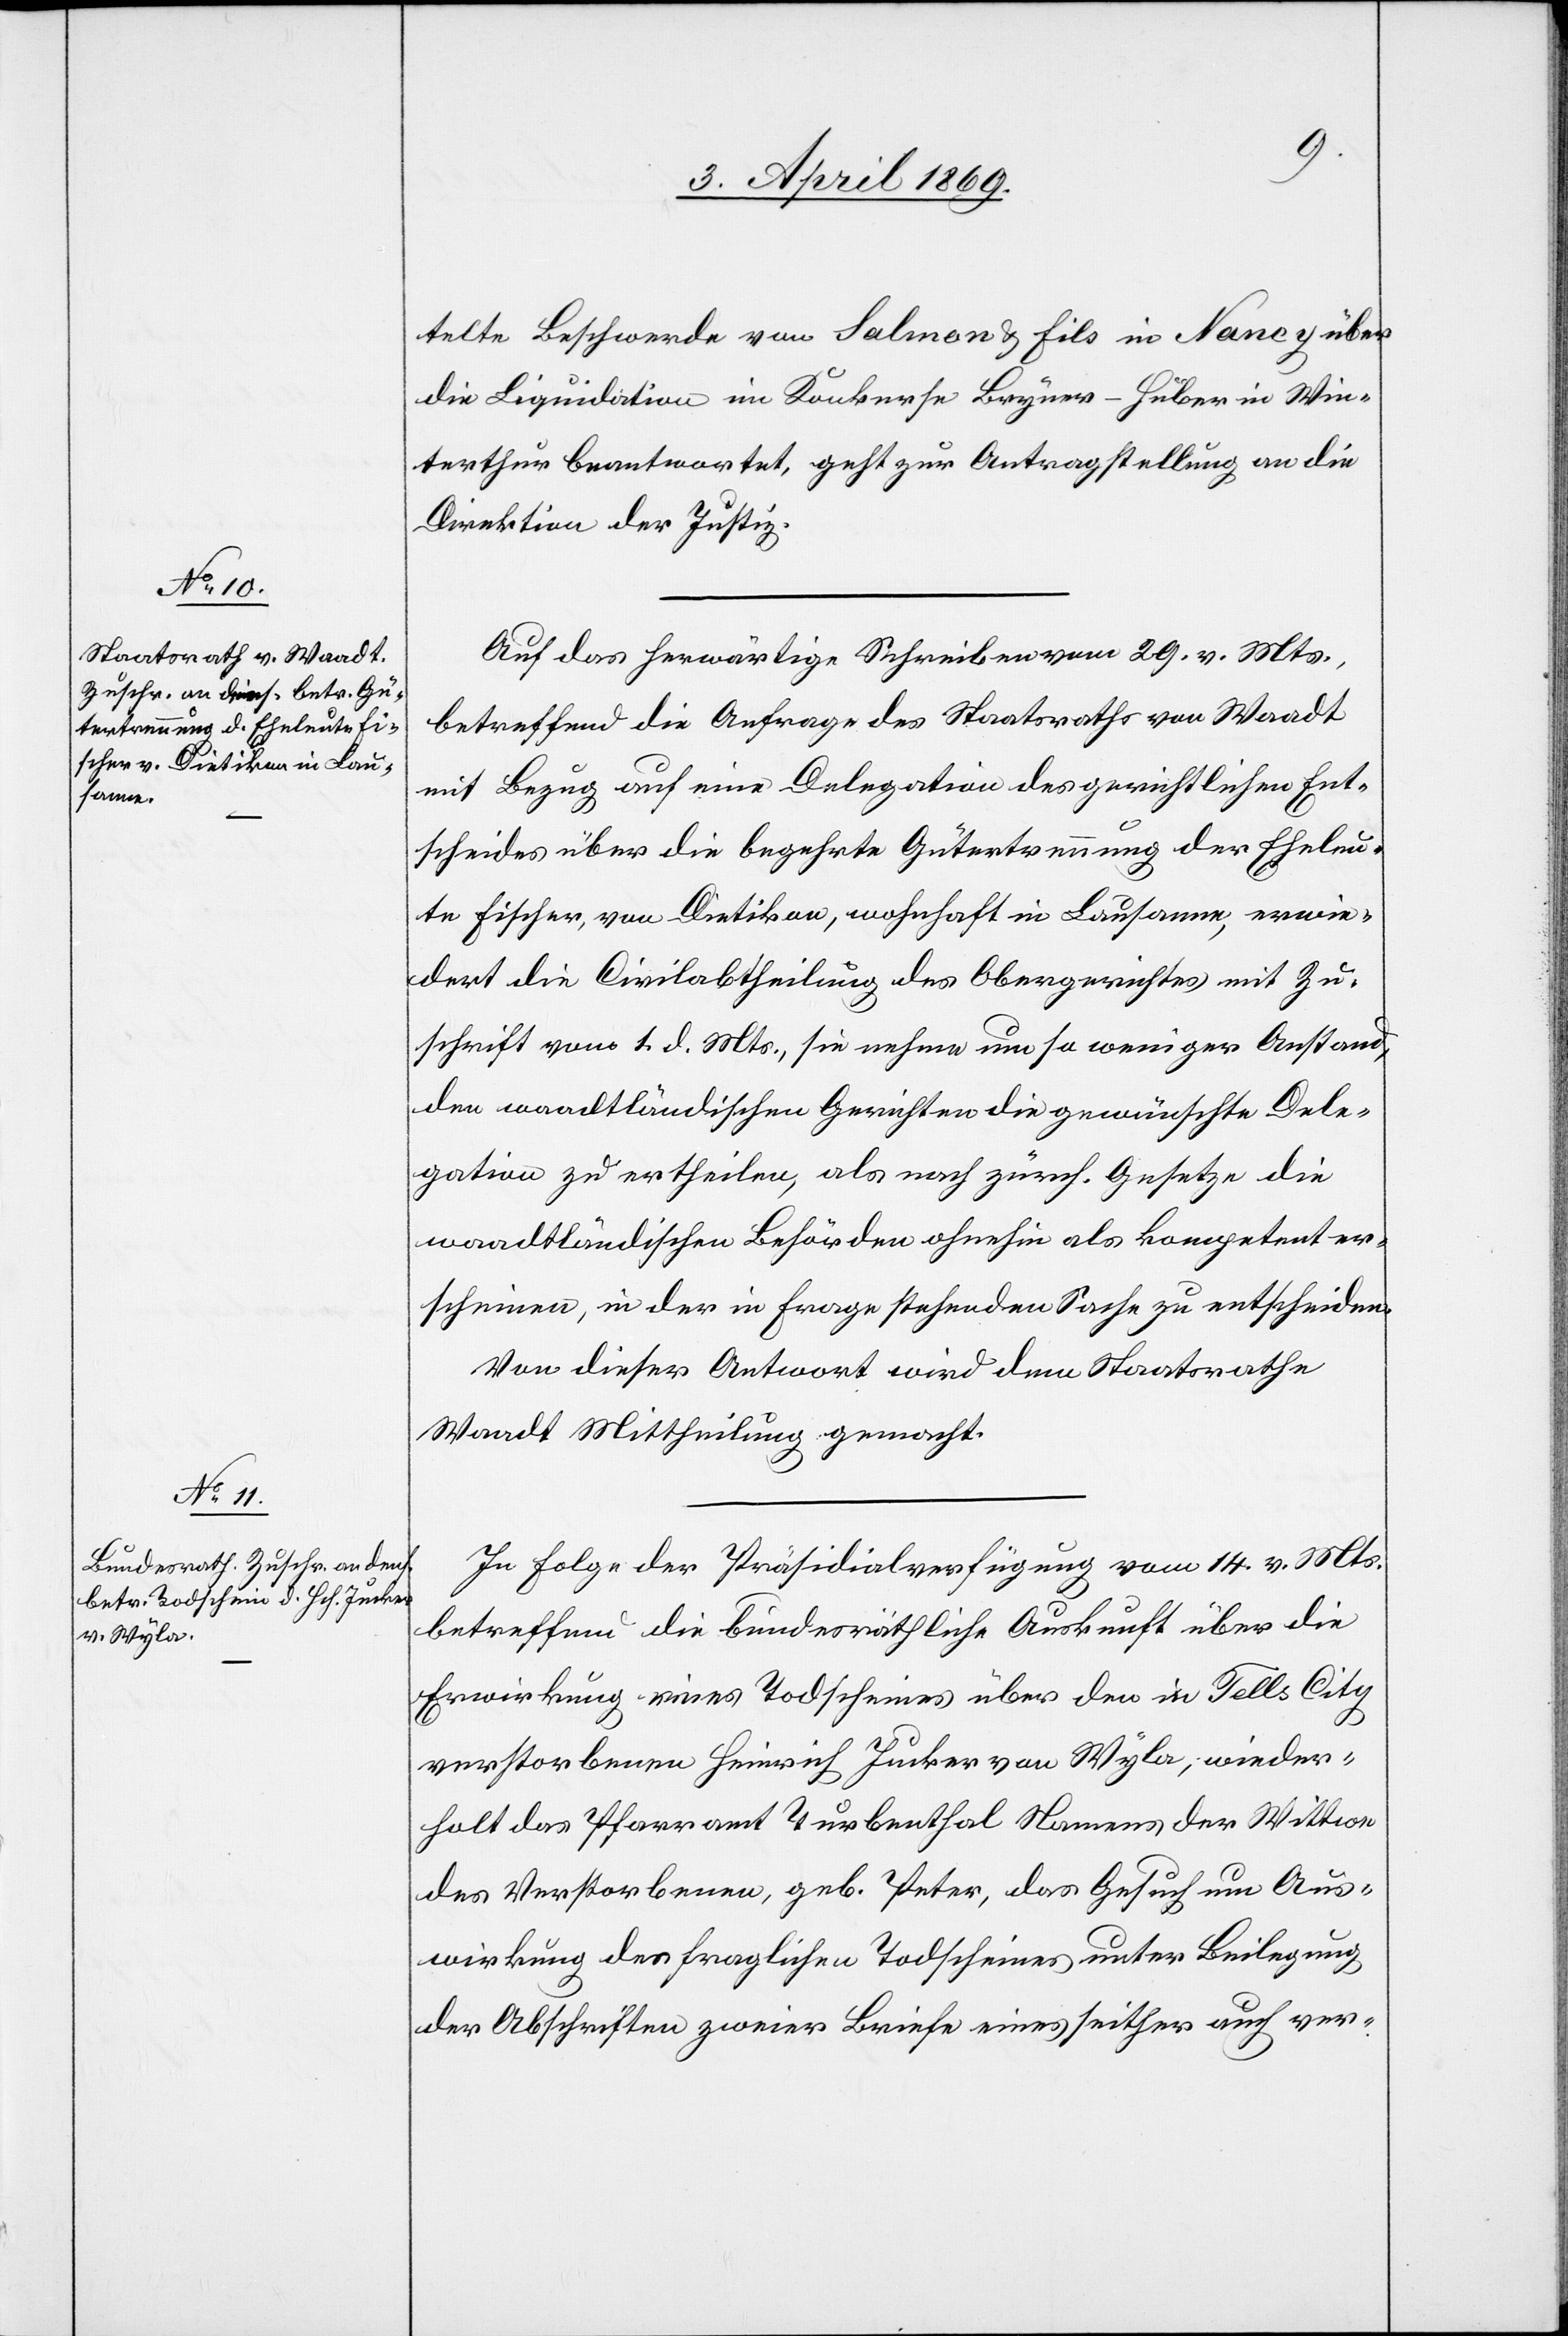
5. April 1869]
telte Beschwerde von Salmon u. Fils in Nancy über
die Liquidation in Konkurse Bryner-Huber in Win¬
terthur beantwortet, geht zur Antragstellung an die
Direktion der Justiz.
Auf das herwärtige Schreiben vom 29. v. Mts.,
betreffend die Anfrage des Staatsraths von Waadt
mit Bezug auf eine Delegation des gerichtlichen Ent¬
scheides über die begehrte Gütertrennung der Eheleu¬
te Fischer, von Dietikon, wohnhaft in Lausanne, erwie¬
dert die Civilabtheilung des Obergerichtes mit Zu¬
schrift vom 1. d. Mts., sie nehme um so weniger Anstand,
den waadtländischen Gerichten die gewünschte Dele¬
gation zu ertheilen, als nach zürch. Gesetze die
waadtländischen Behörden ohnehin als kompetent er¬
scheinen, in der in Frage stehenden Sache zu entscheiden.
Von dieser Antwort wird dem Staatsrathe
Waadt Mittheilung gemacht.
In Folge der Präsidialverfügung vom 14. v. Mts.
betreffend die bundesräthliche Auskunft über die
Erwirkung eines Todscheines über den in Tells City
verstorbenen Heinrich Jucker von Wyla, wieder¬
holt das Pfarramt Turbenthal Namens der Wittwe
des Verstorbenen, geb. Peter, das Gesuch um Aus¬
wirkung des fraglichen Todscheines unter Beilegung
der Abschriften zweier Briefe eines seither auch ver-